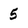
Character: 5